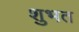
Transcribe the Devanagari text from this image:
शुभत